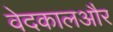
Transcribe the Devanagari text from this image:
वेदकालऔर